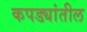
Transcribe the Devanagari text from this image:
कपड्यांतील